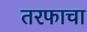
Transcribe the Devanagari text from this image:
तरफाचा